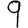
Digit: 9